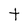
Character: t